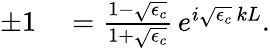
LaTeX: \begin{array}{rl}{\pm 1}&{{}=\frac{1-\sqrt{\epsilon_{c}}}{1+\sqrt{\epsilon_{c}}}\, e^{i\sqrt{\epsilon_{c}}\, kL}.}\end{array}